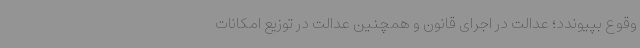
وقوع بپیوندد؛ عدالت در اجرای قانون و همچنین عدالت در توزیع امکانات